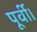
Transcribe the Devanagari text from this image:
पूर्वी।